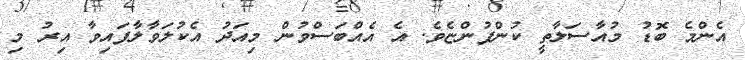
އެންމެ ބޮޑު މުއާސަލާތީ ކުންފުންޏެވެ. އެ އެއްބަސްވުން މިއަދު އެކުލަވާލާފައިވާ އިރު މި